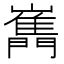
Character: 𡾧